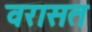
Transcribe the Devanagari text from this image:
वरासत